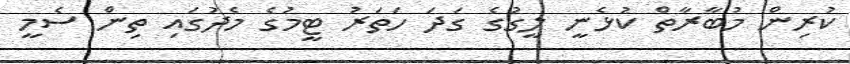
ކުރިން މުބާރާތް ކުޅެނީ ލީގުގެ ގަދަ ހަތަރު ޓީމުގެ މެދުގައި ތިން ސެމީ